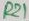
Text: R21